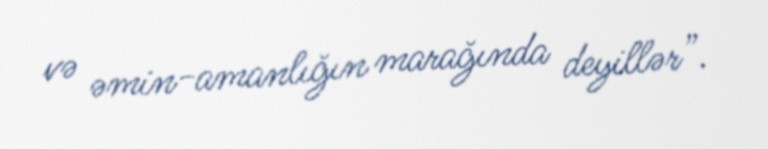
və əmin-amanlığın marağında deyillər”.